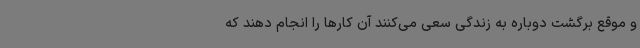
و موقع برگشت دوباره به زندگی سعی می‌کنند آن کارها را انجام دهند که